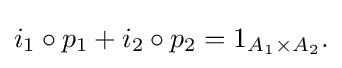
{\textstyle i_{1}\circ p_{1}+i_{2}\circ p_{2}=1_{A_{1}\times A_{2}}.}